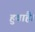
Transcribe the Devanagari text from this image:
हुवाहै।